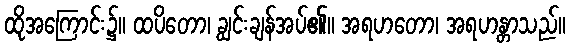
ထိုအကြောင်း၌။ ထပိတော၊ ချွင်းချန်အပ်၏။ အရဟတော၊ အရဟန္တာသည်။